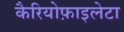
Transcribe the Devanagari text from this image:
कैरियोफ़ाइलेटा